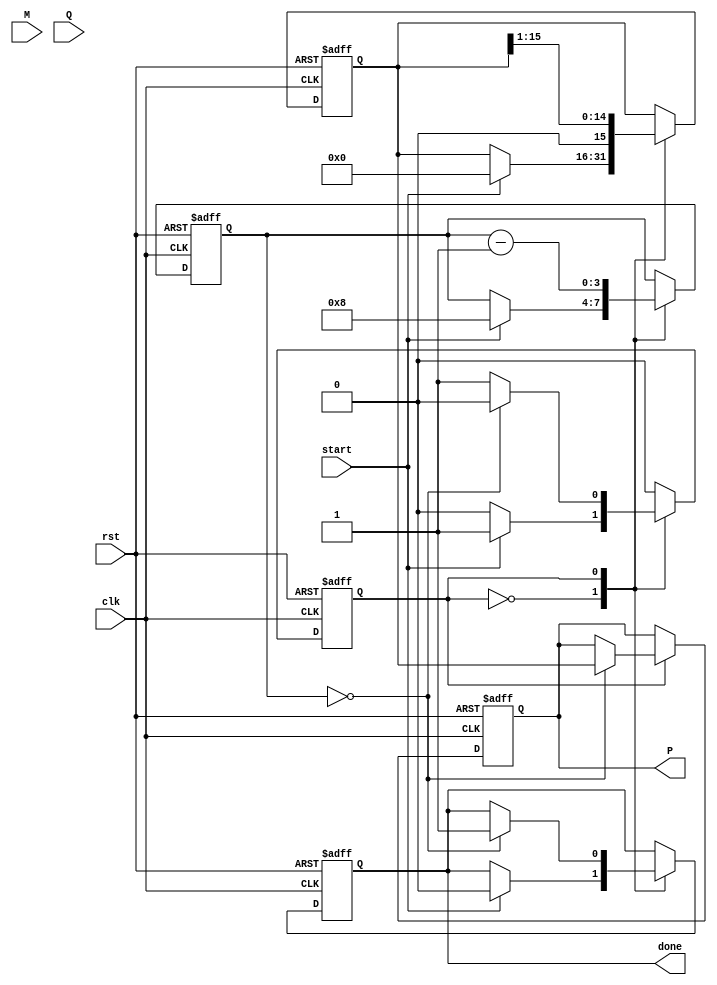
module booth_multiplier (
    input  wire [7:0] M,        // Multiplicand
    input  wire [7:0] Q,        // Multiplier
    input  wire        start,    // Start signal for multiplication
    input  wire        clk,       // Clock signal
    input  wire        rst,       // Reset signal
    output reg   [15:0] P,       // Product (Result)
    output reg        done       // Done signal
);
    reg [8:0] Q_reg;             // Q and Q(-1) combined
    reg [7:0] M_reg;             // Register for multiplicand
    reg [15:0] P_reg;            // Register for product
    reg [3:0] count;             // Counter for bit width
    reg state;                   // State variable
    
    // FSM states
    localparam IDLE = 1'b0;      // Idle state
    localparam RUN = 1'b1;       // Running state

    always @(posedge clk or posedge rst) begin
        if (rst) begin
            P <= 16'b0;
            P_reg <= 16'b0;
            Q_reg <= {1'b0, Q};     // Initialize Q and Q(-1)
            M_reg <= M;             // Initialize M
            count <= 4'b0;          // Reset counter
            done <= 1'b0;           // Reset done signal
            state <= IDLE;          // Start in idle state
        end else begin
            case (state)
                IDLE: begin
                    if (start) begin
                        P_reg <= 16'b0;  // Clear P register
                        Q_reg <= {1'b0, Q}; // Initialize Q and Q(-1)
                        M_reg <= M;       // Load the multiplicand
                        count <= 4'd8;    // Count down bit-width
                        state <= RUN;     // Move to running state
                        done <= 1'b0;     // Clear done signal
                    end
                end
                
                RUN: begin
                    // Perform Booth's algorithm operations based on (Q, Q(-1))
                    case ({Q_reg[0], P_reg[0]}) // (Q[0], Q(-1))
                        2'b01: begin
                            P_reg <= P_reg + M_reg; // Add M to P
                        end
                        2'b10: begin
                            P_reg <= P_reg - M_reg; // Subtract M from P
                        end
                        default: begin
                            // Do nothing
                        end
                    endcase
                    
                    // Shift right P and Q
                    P_reg <= P_reg >> 1;
                    Q_reg <= {P_reg[0], Q_reg[8:1]}; // Include the previous LSB
                    // Update counter
                    count <= count - 1;

                    // Check if multiplication is complete
                    if (count == 4'b0000) begin
                        P <= P_reg;            // Final value in P
                        done <= 1'b1;          // Signal that done
                        state <= IDLE;         // Go back to idle
                    end
                end
                
                default: state <= IDLE; // Default case should not occur
            endcase
        end
    end
endmodule